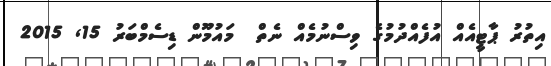
އިތުރު ޕާޓީއެއް އުފެއްދުމުގެ ވިސްނުމެއް ނެތް  މައުމޫން ޑިސެމްބަރު 15